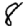
Digit: 8